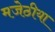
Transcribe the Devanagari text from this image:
मजेठीया